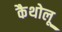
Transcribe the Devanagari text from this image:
कैथोलू